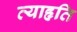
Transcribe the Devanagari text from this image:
व्याहृति